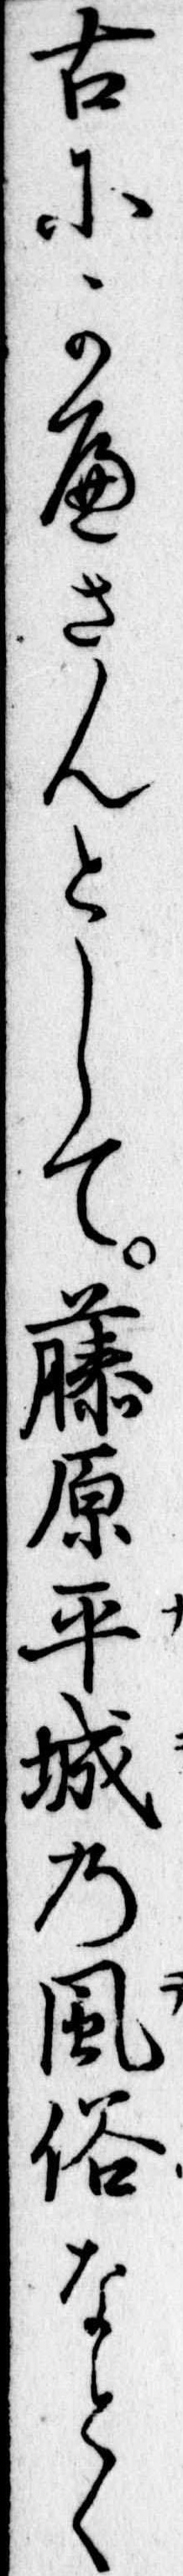
古にかへさんとして藤原平城の風俗なとと